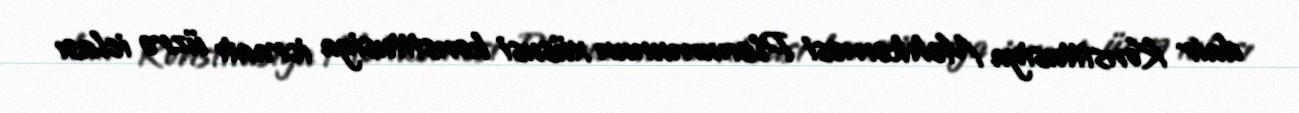
dair Konstitusiya Məhkəməsi Plenumunun xüsusi konstitusiya icraatı üzrə iclası